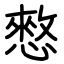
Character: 憗